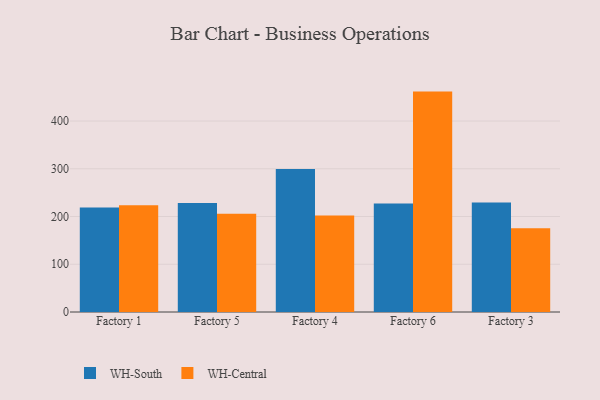
{"axis": {"x": "Factory", "y": "Active Users"}, "legend": ["WH-Central", "WH-South"], "data": [{"x": "Factory 1", "y": 218.7, "type": "WH-South"}, {"x": "Factory 1", "y": 223.6, "type": "WH-Central"}, {"x": "Factory 5", "y": 228.3, "type": "WH-South"}, {"x": "Factory 5", "y": 206.0, "type": "WH-Central"}, {"x": "Factory 4", "y": 299.6, "type": "WH-South"}, {"x": "Factory 4", "y": 202.1, "type": "WH-Central"}, {"x": "Factory 6", "y": 227.2, "type": "WH-South"}, {"x": "Factory 6", "y": 461.7, "type": "WH-Central"}, {"x": "Factory 3", "y": 229.5, "type": "WH-South"}, {"x": "Factory 3", "y": 175.4, "type": "WH-Central"}]}